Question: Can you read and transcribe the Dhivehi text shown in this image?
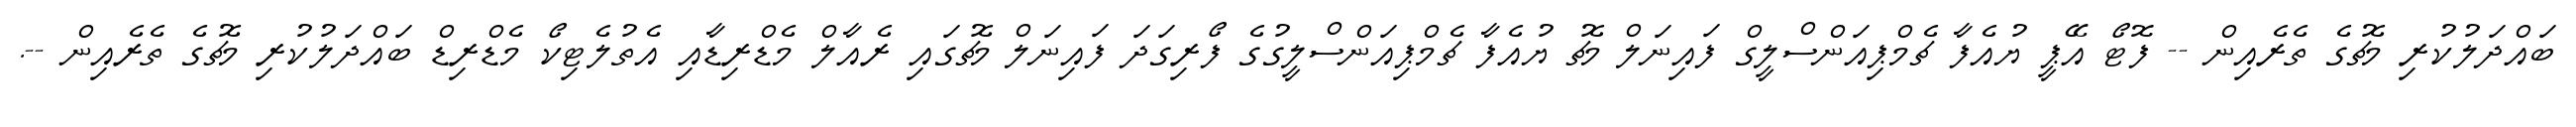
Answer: ބައްދަލުކުރި މެޗުގެ ތެރެއިން -- ފޮޓޯ އޭޕީ ޔުއެފާ ޗެމްޕިއަންސްލީގް ފައިނަލް މެޗު ޔުއެފާ ޗެމްޕިއަންސްލީގުގެ ފޯރިގަދަ ފައިނަލް މެޗުގައި ރެއާލް މެޑްރިޑާއި އެތުލެޓިކޯ މެޑްރިޑް ބައްދަލުކުރި މެޗުގެ ތެރެއިން --.